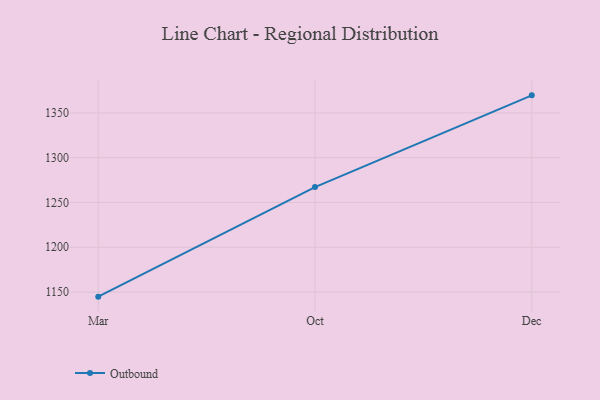
{"axis": {"x": "Month", "y": "Demand Index"}, "legend": ["Outbound"], "data": [{"x": "Mar", "y": 1144.8, "type": "Outbound"}, {"x": "Oct", "y": 1267.2, "type": "Outbound"}, {"x": "Dec", "y": 1369.6, "type": "Outbound"}]}